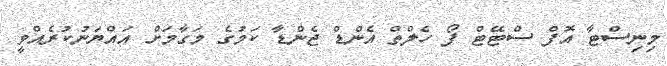
މިނިސްޓާ އޮފް ސްޓޭޓް ފޯ ހެލްތް އެންޑް ޖެންޑާ ކަމުގެ މަގާމަށް އައްޔަނުކުރެއްވީ